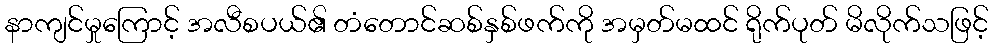
နာကျင်မှုကြောင့် အလီစပယ်၏ တံတောင်ဆစ်နှစ်ဖက်ကို အမှတ်မထင် ရိုက်ပုတ် မိလိုက်သဖြင့်